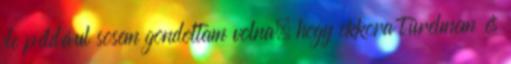
de például sosem gondoltam volna, hogy ekkora türelmem és